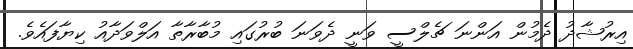
އިރުޝާދު ދެމުން އަންނަ ޗެލްސީ ވަނީ ދެވަނަ ބުރުގައި މުބާރާތާ އަލްވަދާއު ކިޔާފައެވެ.